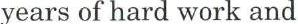
years of hard work and